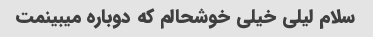
سلام لیلی خیلی خوشحالم که دوباره میبینمت